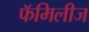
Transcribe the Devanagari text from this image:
फॅमिलीज